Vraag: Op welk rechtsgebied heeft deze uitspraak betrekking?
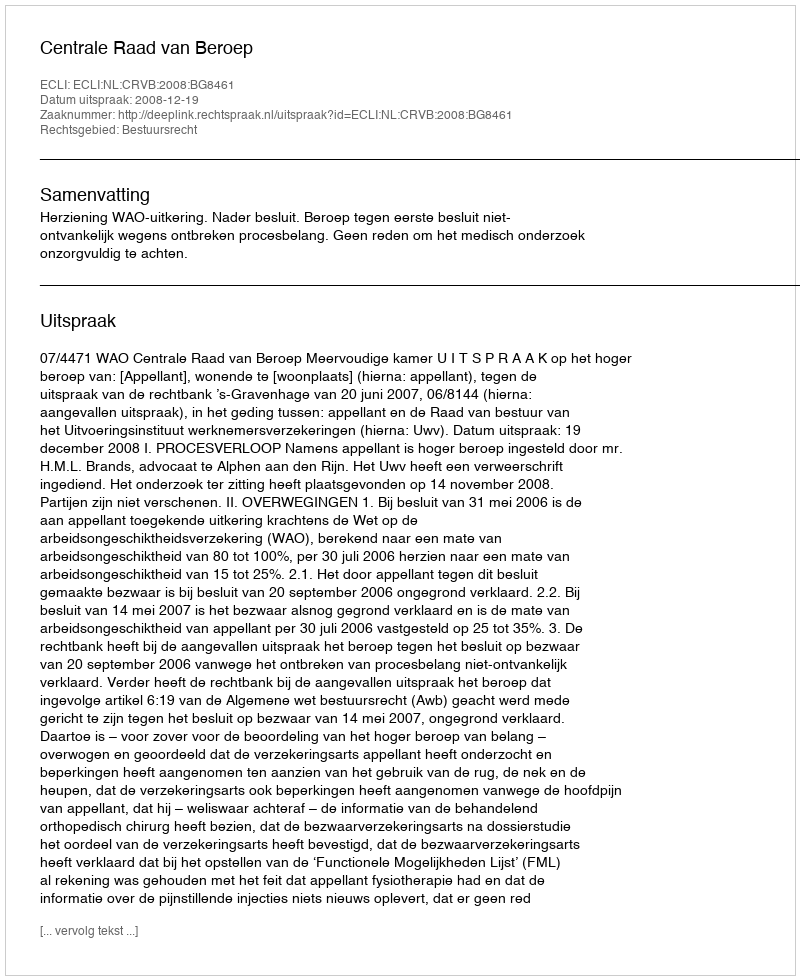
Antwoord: Bestuursrecht